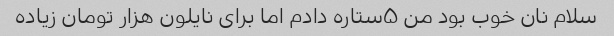
سلام نان خوب بود من ۵ستاره دادم اما برای نایلون هزار تومان زیاده